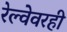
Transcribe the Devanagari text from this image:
रेल्वेवरही